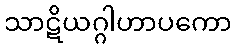
သာဋိယဂ္ဂါဟာပကော